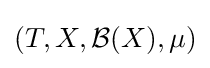
\left(T,X,{\mathcal {B}}(X),\mu \right)